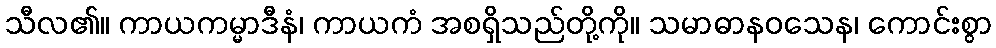
သီလ၏။ ကာယကမ္မာဒီနံ၊ ကာယကံ အစရှိသည်တို့ကို။ သမာဓာနဝသေန၊ ကောင်းစွာ